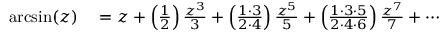
\begin{array} { r l } { \arcsin ( z ) } & { { } = z + \left( { \frac { 1 } { 2 } } \right) { \frac { z ^ { 3 } } { 3 } } + \left( { \frac { 1 \cdot 3 } { 2 \cdot 4 } } \right) { \frac { z ^ { 5 } } { 5 } } + \left( { \frac { 1 \cdot 3 \cdot 5 } { 2 \cdot 4 \cdot 6 } } \right) { \frac { z ^ { 7 } } { 7 } } + \cdots } \end{array}